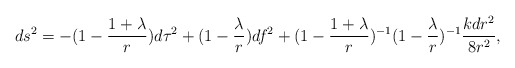
\begin{align*}ds^2=-(1- \frac {1+\lambda }{r}) d\tau^2 + (1- \frac {\lambda }{r})df^2+(1- \frac {1+ \lambda }{r})^{-1}(1- \frac {\lambda }{r})^{-1} \frac {kdr^2}{8r^2},\end{align*}